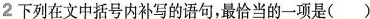
2下列在文中括号内补写的语句，最恰当的一项是()